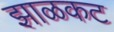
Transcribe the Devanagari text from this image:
झाळकट